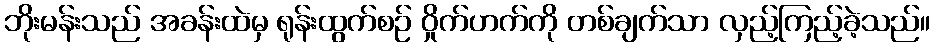
ဘိုးမန်းသည် အခန်းထဲမှ ရုန်းထွက်စဉ် ဝှိုက်ဟက်ကို တစ်ချက်သာ လှည့်ကြည့်ခဲ့သည်။